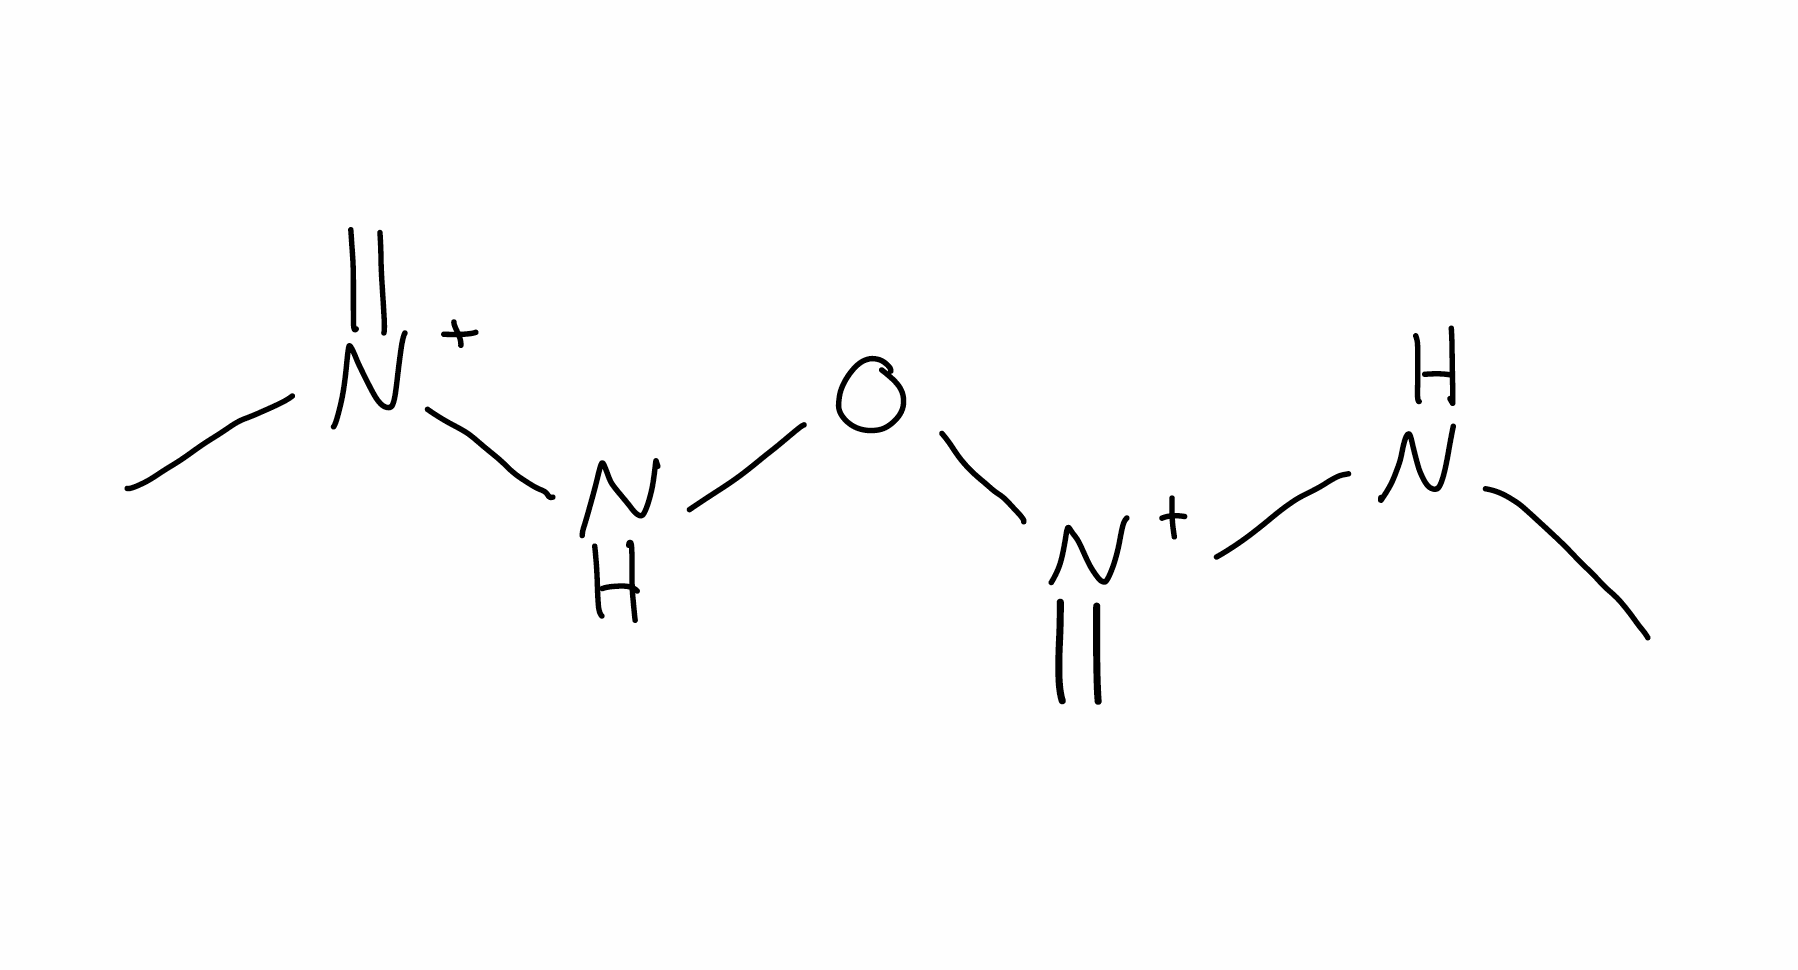
Simplified molecular-input line-entry system (SMILES) notation of the given molecule:
CN[N+](=C)ON[N+](=C)C